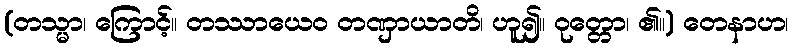
(တသ္မာ၊ ကြောင့်။ တဿာယေဝ တဏှာယာတိ၊ ဟူ၍။ ဝုတ္တော၊ ၏။) တေနာဟ၊